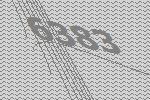
6383